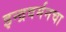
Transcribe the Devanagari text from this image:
इन्द्रवर्मनचा